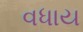
વધાય